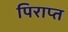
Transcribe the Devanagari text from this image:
पिराप्त